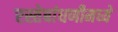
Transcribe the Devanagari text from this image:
रस्तेबांधणीमध्ये